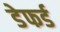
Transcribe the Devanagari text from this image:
डेफर्ड